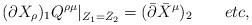
LaTeX: \begin{align*}(\partial X_{\rho })_{1}Q^{\rho \mu }|_{Z_{1}=\bar{Z}_{2}} = (\bar{\partial }\bar{X}^{\mu })_{2} \qquad etc,\end{align*}